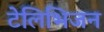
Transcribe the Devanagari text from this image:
टेलिभिजन